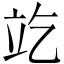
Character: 䇄